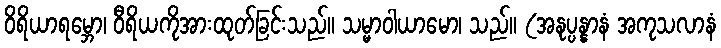
ဝိရိယာရမ္ဘော၊ ဝီရိယကိုအားထုတ်ခြင်းသည်။ သမ္မာဝါယာမော၊ သည်။ (အနုပ္ပန္နာနံ အကုသလာနံ